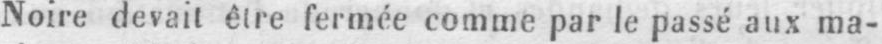
Noire devait être fermée comme par le passé aux ma-